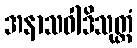
အနာသဝါဒိသုတ္တံ